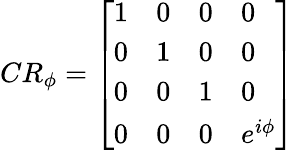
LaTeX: CR_{\phi}={\left[\begin{array}{llll}{1}&{0}&{0}&{0}\\ {0}&{1}&{0}&{0}\\ {0}&{0}&{1}&{0}\\ {0}&{0}&{0}&{e^{i\phi}}\end{array}\right]}